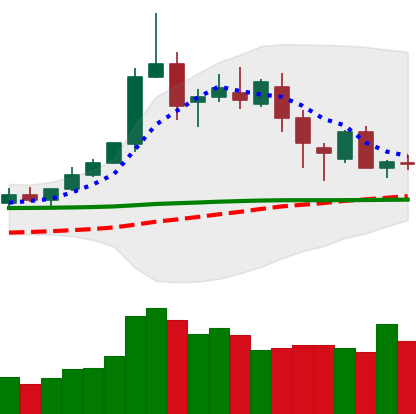
Ticker: DOGE-USD
Chart end date: 2020-02-21
Forward return: -11.669%
Label: down_7plus